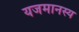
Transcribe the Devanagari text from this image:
यजमानस्य